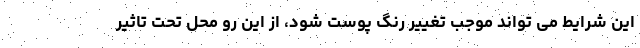
این شرایط می تواند موجب تغییر رنگ پوست شود، از این رو محل تحت تاثیر